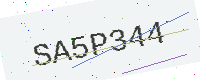
Text: SA5P344